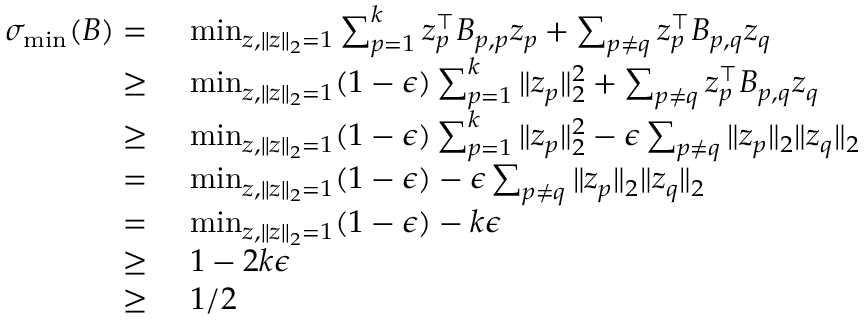
\begin{array} { r l } { \sigma _ { \operatorname* { m i n } } ( B ) = } & { ~ \operatorname* { m i n } _ { z , \| z \| _ { 2 } = 1 } \sum _ { p = 1 } ^ { k } z _ { p } ^ { \top } B _ { p , p } z _ { p } + \sum _ { p \neq q } z _ { p } ^ { \top } B _ { p , q } z _ { q } } \\ { \geq } & { ~ \operatorname* { m i n } _ { z , \| z \| _ { 2 } = 1 } ( 1 - \epsilon ) \sum _ { p = 1 } ^ { k } \| z _ { p } \| _ { 2 } ^ { 2 } + \sum _ { p \neq q } z _ { p } ^ { \top } B _ { p , q } z _ { q } } \\ { \ge } & { ~ \operatorname* { m i n } _ { z , \| z \| _ { 2 } = 1 } ( 1 - \epsilon ) \sum _ { p = 1 } ^ { k } \| z _ { p } \| _ { 2 } ^ { 2 } - \epsilon \sum _ { p \neq q } \| z _ { p } \| _ { 2 } \| z _ { q } \| _ { 2 } } \\ { = } & { ~ \operatorname* { m i n } _ { z , \| z \| _ { 2 } = 1 } ( 1 - \epsilon ) - \epsilon \sum _ { p \neq q } \| z _ { p } \| _ { 2 } \| z _ { q } \| _ { 2 } } \\ { = } & { ~ \operatorname* { m i n } _ { z , \| z \| _ { 2 } = 1 } ( 1 - \epsilon ) - k \epsilon } \\ { \ge } & { ~ 1 - 2 k \epsilon } \\ { \geq } & { ~ 1 / 2 } \end{array}